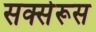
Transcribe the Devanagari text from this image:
सक्सेरूस